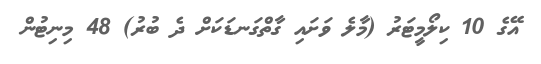
އޭގެ 10 ކިލޯމީޓަރު (މާލެ ވަށައި ގާތްގަނޑަކަށް ދެ ބުރު) 48 މިނިޓުން